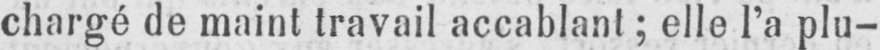
chargé de maint travail accablant; elle l’a plu-